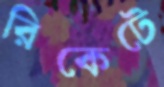
রিকেটে